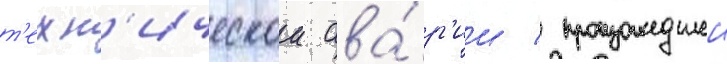
т'ехн'ическои ава́р'ии / произошедшеи